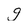
Character: g